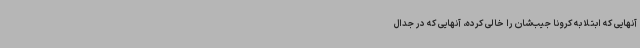
آنهایی که ابتلا به کرونا جیب‌شان را خالی کرده،‌ آنهایی که در جدال